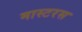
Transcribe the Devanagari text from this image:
मास्टरस